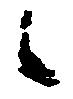
候